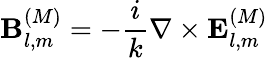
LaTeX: \mathbf{B}_{l,m}^{(M)}=-{\frac{i}{k}}\nabla\times\mathbf{E}_{l,m}^{(M)}